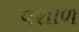
વશાળ